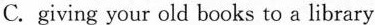
C.giving your old books to a library